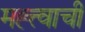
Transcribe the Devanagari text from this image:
मह्त्त्वाची